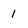
Character: 1